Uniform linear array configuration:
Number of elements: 48
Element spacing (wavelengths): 1
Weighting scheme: cosine
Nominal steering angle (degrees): -30
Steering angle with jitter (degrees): -31.211
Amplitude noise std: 0.05
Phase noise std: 0.05

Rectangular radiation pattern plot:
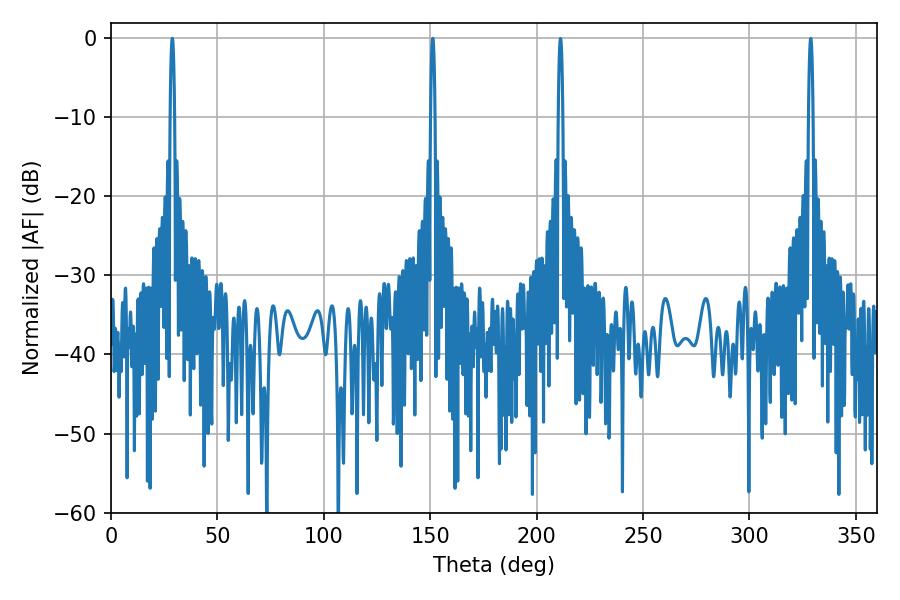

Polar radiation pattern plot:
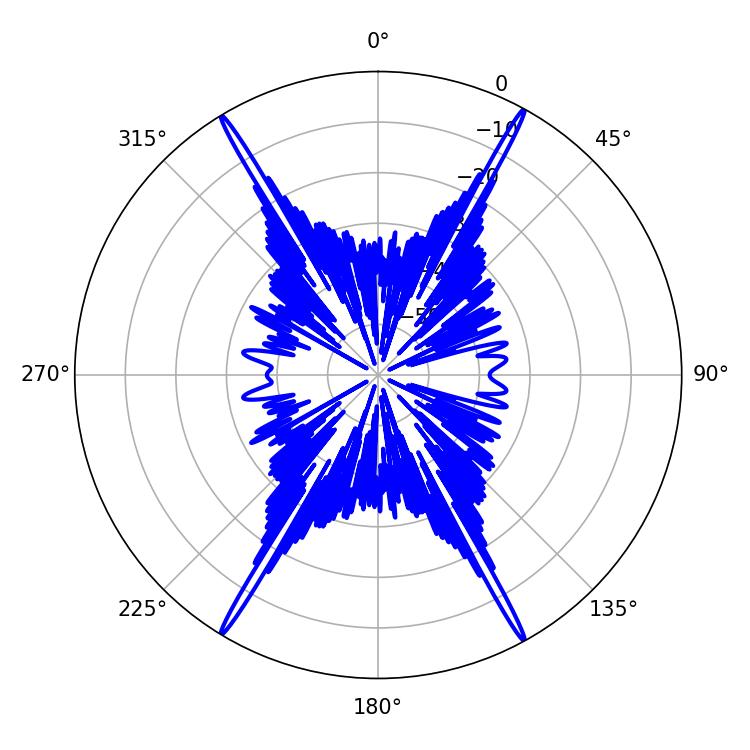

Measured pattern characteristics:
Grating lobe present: TRUE
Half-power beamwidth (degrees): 1.08
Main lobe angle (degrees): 28.8